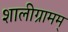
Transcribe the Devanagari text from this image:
शालीग्रामम्